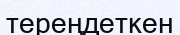
тереңдеткен